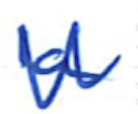
Text: a
Cross-out: zig-zag
Writing tool: ballpoint